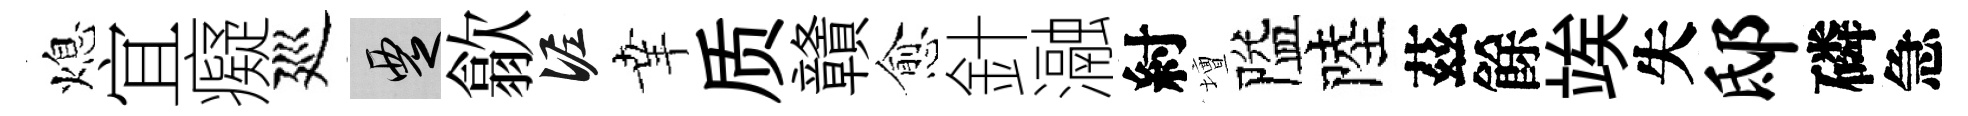
熄宜癡廵覂歙泥𦍒质贛愈針瀜紂壇隘陸茲餘竢失邸磷急